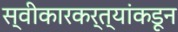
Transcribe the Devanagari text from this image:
स्वीकारकर्त्यांकडून